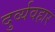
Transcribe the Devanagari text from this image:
दुर्व्‍यवहार